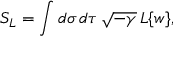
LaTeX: { \cal S } _ { \cal L } = \int d \sigma \, d \tau \, \sqrt { - \gamma } \, { \cal L } \{ w \} ,